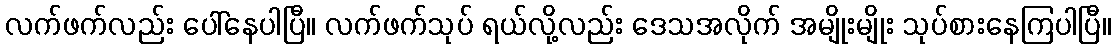
လက်ဖက်လည်း ပေါ်နေပါပြီ။ လက်ဖက်သုပ် ရယ်လို့လည်း ဒေသအလိုက် အမျိုးမျိုး သုပ်စားနေကြပါပြီ။